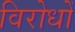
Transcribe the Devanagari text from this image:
विरोधोँ